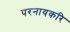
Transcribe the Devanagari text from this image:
परनायकरि